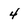
Character: 4